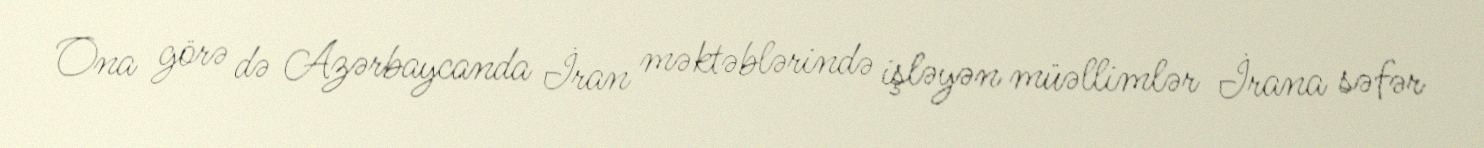
Ona görə də Azərbaycanda İran məktəblərində işləyən müəllimlər İrana səfər